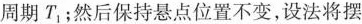
周期T_{1};然后保持悬点位置不变，设法将摆